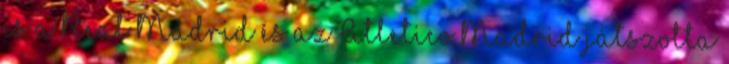
is a Real Madrid és az Atletico Madrid játszotta